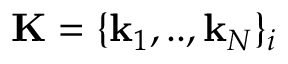
\mathbf { K } = \{ \mathbf { k } _ { 1 } , . . , \mathbf { k } _ { N } \} _ { i }